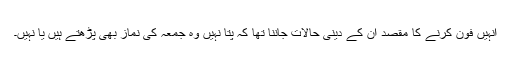
انہیں فون کرنے کا مقصد ان کے دینی حالات جاننا تھا کہ پتا نہیں وہ جمعہ کی نماز بھی پڑھتے ہیں یا نہیں۔